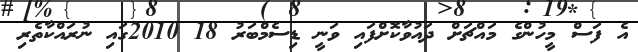
އެ ފަސް މީހުންގެ މައްޗަށް ދައުވާކޮށްފައި ވަނީ ޑިސެމްބަރު 18 2010ގައި ނުރައްކާތެރި